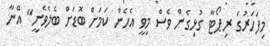
މިފަހަރުގެ ރިޕޯޓާ ގުޅިގެން ވެސް މިވީ އެހެން ކަމަށް ބޮޑަށް ބެލެވެނީ" އޭނާ